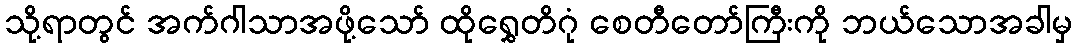
သို့ရာတွင် အက်ဂါသာအဖို့သော် ထိုရွှေတိဂုံ စေတီတော်ကြီးကို ဘယ်သောအခါမှ